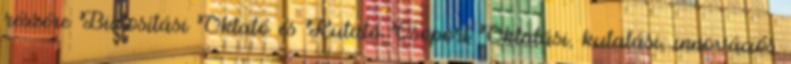
részére Biztosítási Oktató és Kutató Csoport Oktatási, kutatási, innovációs